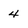
Character: 4